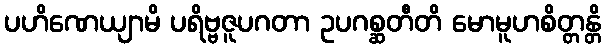
ပဟိဏေယျာမိ ပရိဗ္ဗဇူပဂတာ ဥပဂစ္ဆတီတိ မောမူဟစိတ္တန္တိ